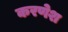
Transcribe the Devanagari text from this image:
करणेश